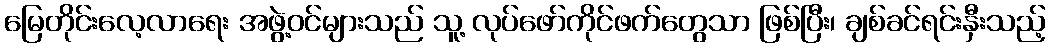
မြေတိုင်းလေ့လာရေး အဖွဲ့ဝင်များသည် သူ့ လုပ်ဖော်ကိုင်ဖက်တွေသာ ဖြစ်ပြီး၊ ချစ်ခင်ရင်းနှီးသည့်